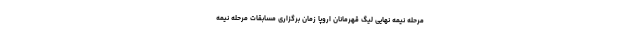
مرحله نیمه نهایی لیگ قهرمانان اروپا زمان برگزاری مسابقات مرحله نیمه